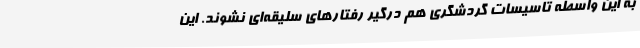
به این واسطه تاسیسات گردشگری هم درگیر رفتارهای سلیقه‌ای نشوند. این